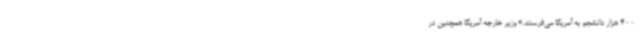
400 هزار دانشجو به آمریکا می‌فرستد.» وزیر خارجه آمریکا همچنین در